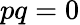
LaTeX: pq=0